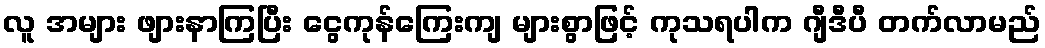
လူ အများ ဖျားနာကြပြီး ငွေကုန်ကြေးကျ များစွာဖြင့် ကုသရပါက ဂျီဒီပီ တက်လာမည်